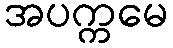
အပက္ကမေ